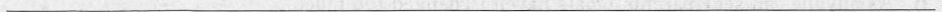
___